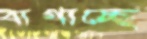
বাগাচ্ছে